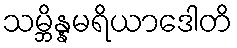
သမ္ဘိန္နမရိယာဒေါတိ